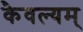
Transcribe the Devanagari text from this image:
कैवल्यम्